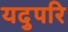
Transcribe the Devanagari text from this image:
यदुपरि